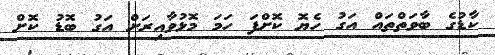
ކާޑުގެ ބާވަތްތައް އަގު ހެޔޮ ކޮށްފަ ހަމަ މޮޅުވާއިރަށް އަގު ބޮޑު ކޮށް